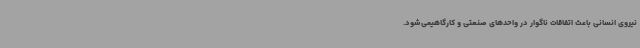
نیروی انسانی باعث اتفاقات ناگوار در واحدهای صنعتی و کارگاهیمی‌شود.